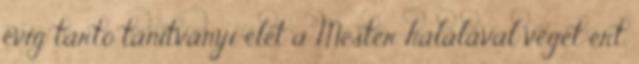
évig tartó tanítványi élet a Mester halálával véget ért,